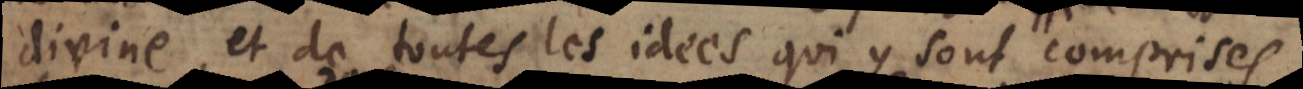
divine, et de toutes les idées qui y sont comprises.